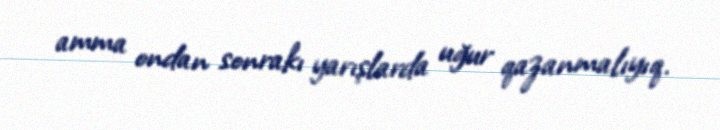
amma ondan sonrakı yarışlarda uğur qazanmalıyıq.